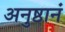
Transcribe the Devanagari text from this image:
अनुष्ठानं